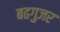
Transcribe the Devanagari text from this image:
बढगुजर